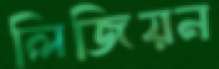
লিজিয়ন